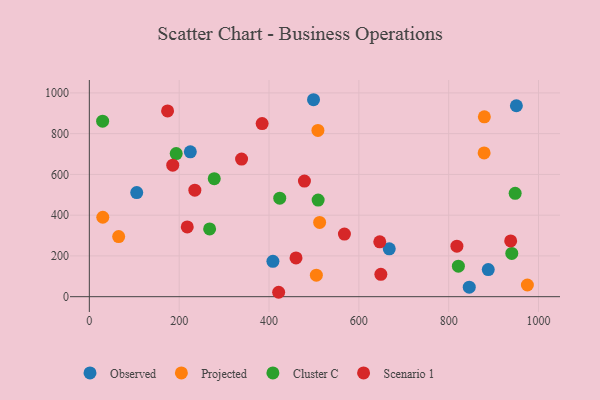
{"axis": {"x": "Ad Spend", "y": "Fuel Efficiency"}, "legend": ["Cluster C", "Observed", "Projected", "Scenario 1"], "data": [{"x": "667.7", "y": 235.0, "type": "Observed"}, {"x": "408.7", "y": 173.5, "type": "Observed"}, {"x": "105.5", "y": 511.0, "type": "Observed"}, {"x": "224.8", "y": 710.6, "type": "Observed"}, {"x": "845.8", "y": 46.7, "type": "Observed"}, {"x": "950.7", "y": 936.9, "type": "Observed"}, {"x": "888.1", "y": 133.2, "type": "Observed"}, {"x": "499.1", "y": 966.5, "type": "Observed"}, {"x": "508.9", "y": 815.9, "type": "Projected"}, {"x": "975.2", "y": 57.4, "type": "Projected"}, {"x": "30.0", "y": 389.8, "type": "Projected"}, {"x": "65.3", "y": 295.1, "type": "Projected"}, {"x": "512.7", "y": 364.4, "type": "Projected"}, {"x": "878.9", "y": 705.4, "type": "Projected"}, {"x": "879.4", "y": 882.6, "type": "Projected"}, {"x": "505.4", "y": 105.5, "type": "Projected"}, {"x": "821.6", "y": 149.7, "type": "Cluster C"}, {"x": "423.9", "y": 483.2, "type": "Cluster C"}, {"x": "509.4", "y": 474.1, "type": "Cluster C"}, {"x": "193.4", "y": 702.4, "type": "Cluster C"}, {"x": "940.5", "y": 212.4, "type": "Cluster C"}, {"x": "948.0", "y": 507.2, "type": "Cluster C"}, {"x": "278.1", "y": 579.3, "type": "Cluster C"}, {"x": "29.6", "y": 861.2, "type": "Cluster C"}, {"x": "267.8", "y": 332.3, "type": "Cluster C"}, {"x": "421.5", "y": 21.6, "type": "Scenario 1"}, {"x": "646.6", "y": 269.4, "type": "Scenario 1"}, {"x": "338.9", "y": 675.1, "type": "Scenario 1"}, {"x": "234.9", "y": 522.8, "type": "Scenario 1"}, {"x": "649.0", "y": 109.6, "type": "Scenario 1"}, {"x": "567.9", "y": 307.0, "type": "Scenario 1"}, {"x": "460.1", "y": 190.4, "type": "Scenario 1"}, {"x": "185.7", "y": 645.5, "type": "Scenario 1"}, {"x": "478.9", "y": 567.1, "type": "Scenario 1"}, {"x": "384.7", "y": 849.3, "type": "Scenario 1"}, {"x": "818.3", "y": 248.0, "type": "Scenario 1"}, {"x": "938.0", "y": 273.6, "type": "Scenario 1"}, {"x": "174.2", "y": 911.7, "type": "Scenario 1"}, {"x": "218.0", "y": 342.5, "type": "Scenario 1"}]}